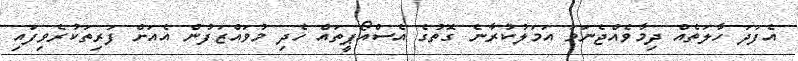
އެފަދަ ހާލަތެއް ދިމާވެއްޖެނަމަ އަމަލުކުރާނެ ގޮތުގެ އެސްއޯޕީތައް ހެދި މުވައްޒަފުން އެއަށް ފަރިތަކުރެވިފައި